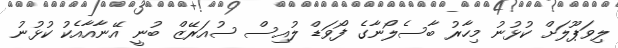
ލިވަޕޫލަށް ކުޅުނު މިހާރު ބާސެލޯނާގެ ފޯވަޑް ލުއިސް ސުއަރޭޒް ބުނީ އޭނާއާއެކު ކުޅުނު